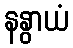
နနွာယံ